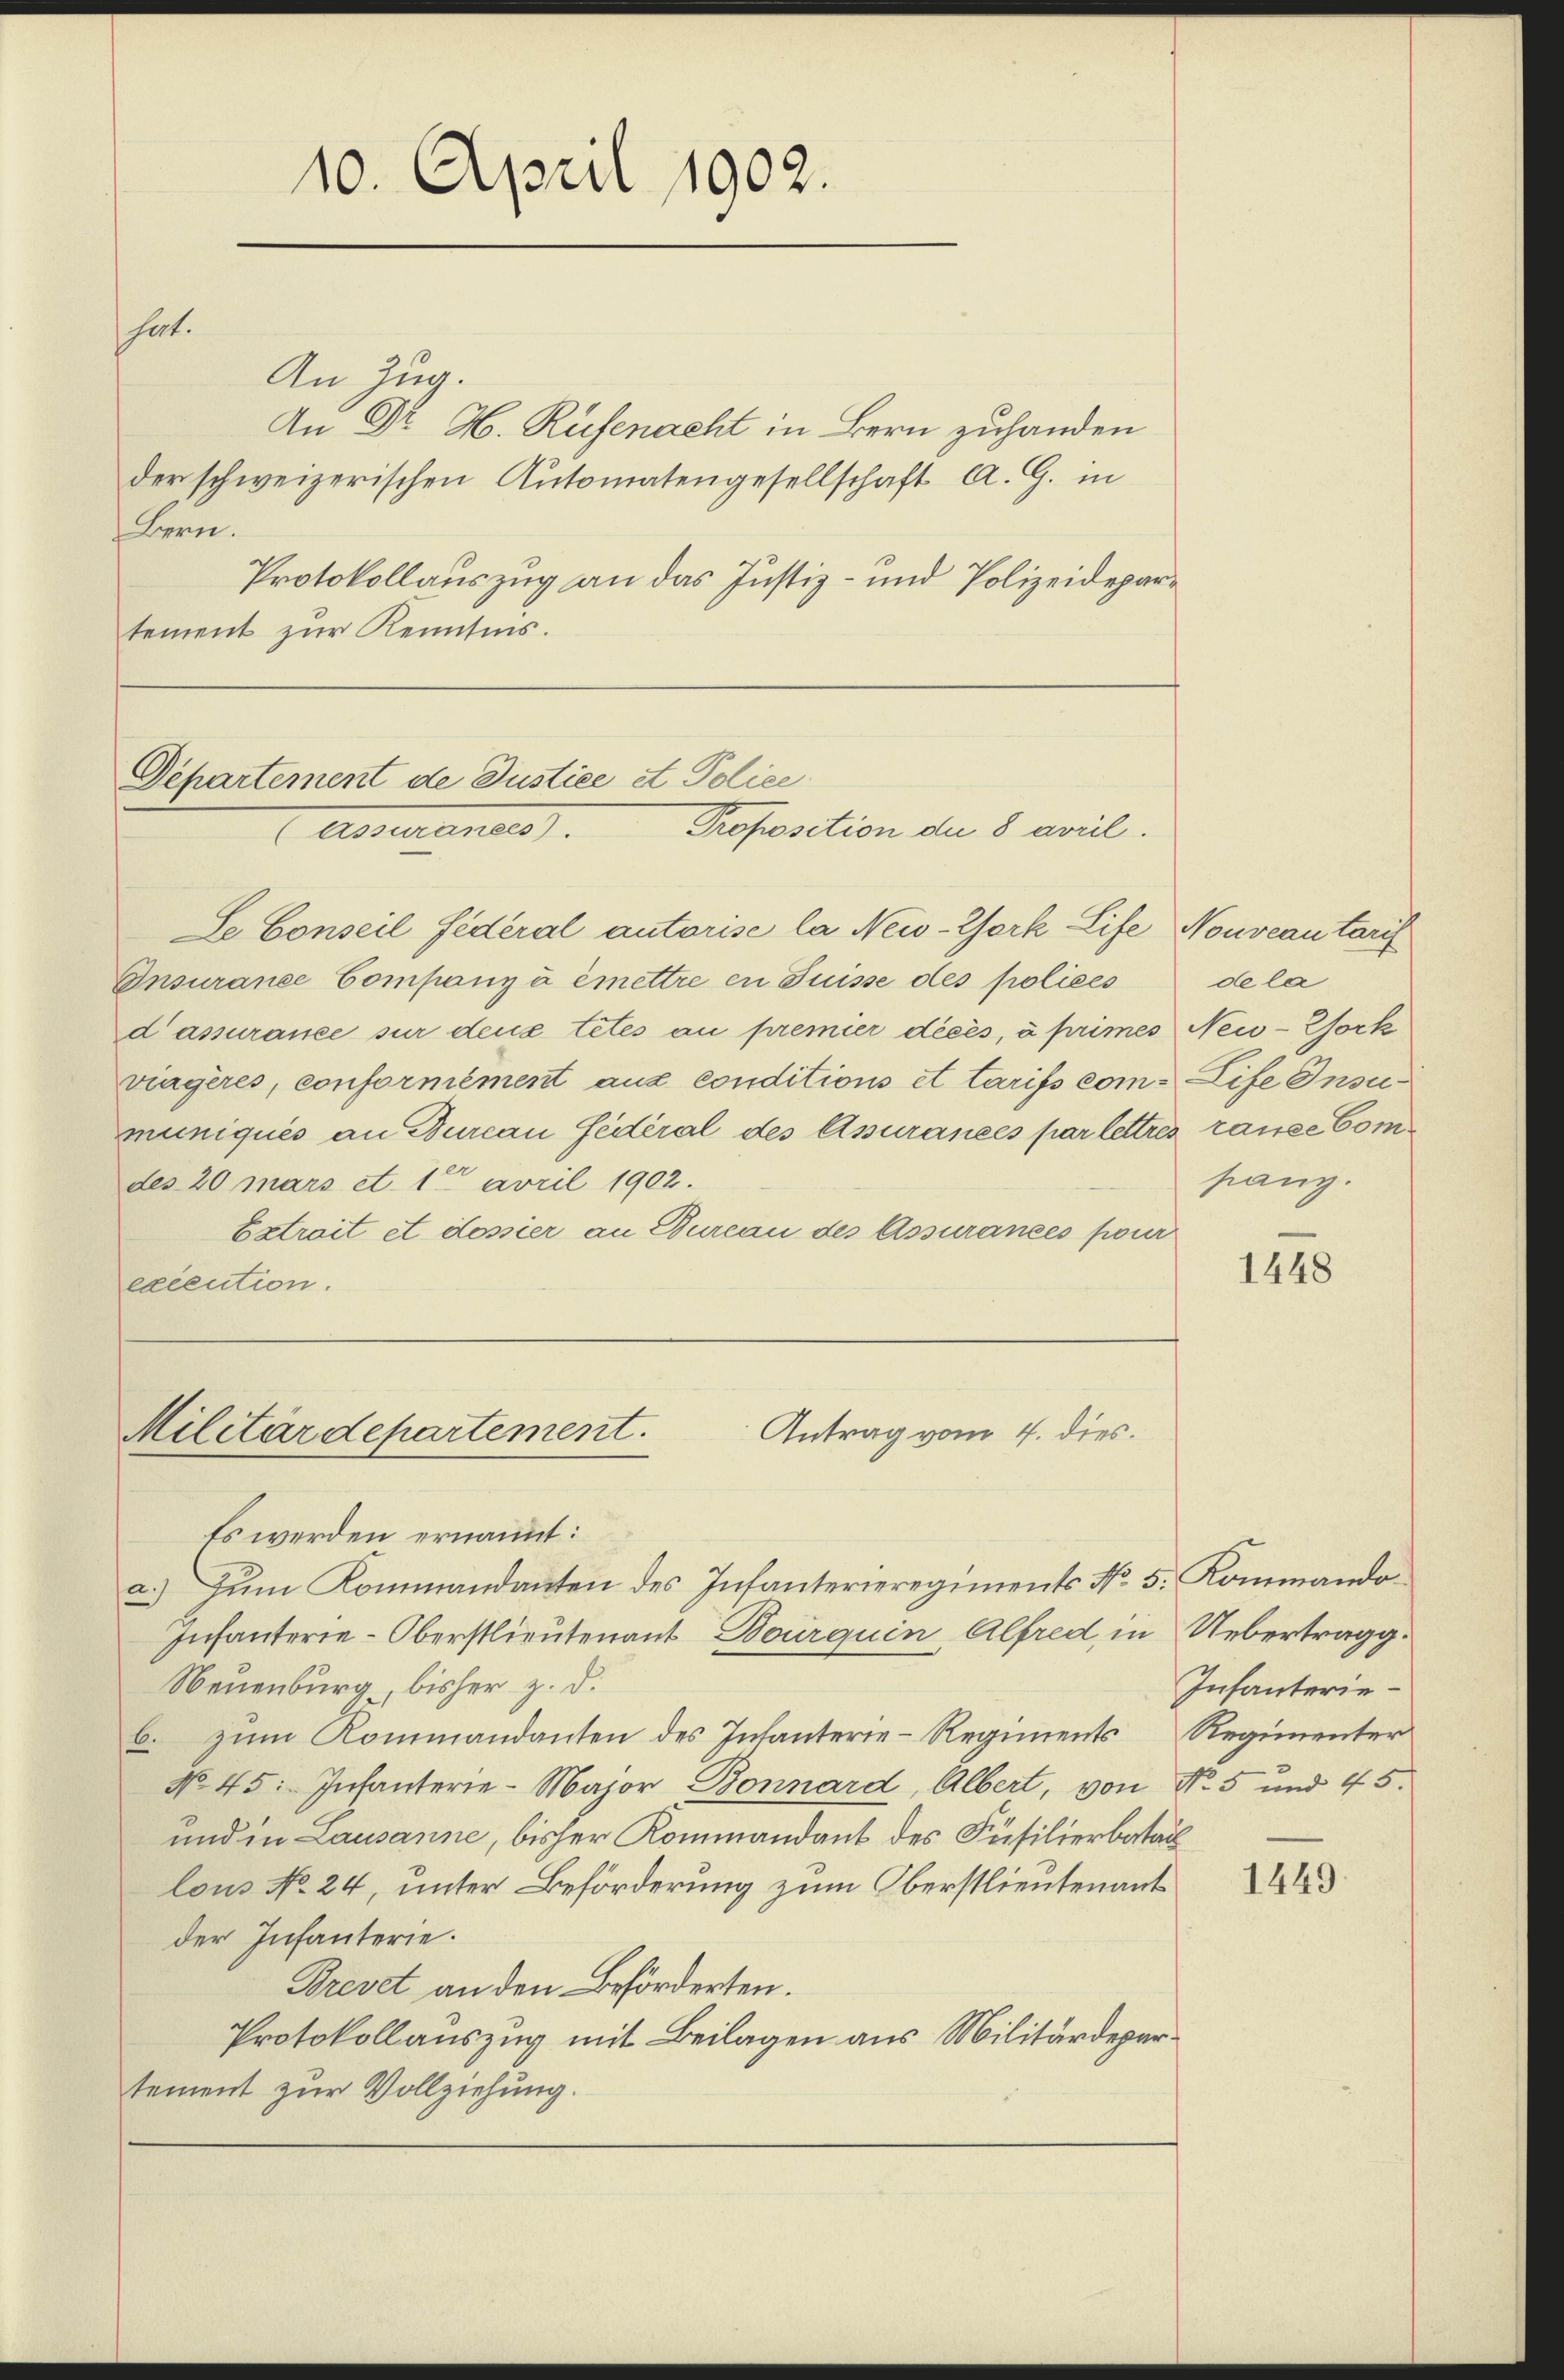
hat.

An Zug.
Bern.
Protokollauszug an das Justiz- und Polizeidepartement zur Kenntnis.

Departement de Justice et Police
Proposition der 8 avril.
Assurantes

Se Conseil Federal autorise la New-York Life Nouveautant
Onsurance Companyà émettre en Suisse des polices
d’assurance sur deux tetés au premier décès, à primes New-York
viagères, conformément aus conditions et tarifs com- Life Insumuniqués an Burcau fédéral des Assurances par lettres ranze Com
des 20 mars et. 1 avril 1902.
Estroit et dossier an Bureau des Assurances pour
execution.

10. April 1902.

An Dr. H. Rüfenacht in Bern zuhanden
der schweizerischen Automatengesellschaft A. G. in

Antrag vom 4. dies.
Militärdepartement.

Es werden ernannt:
a.) Zum Kommandanten des Infanterieregiments No. 5. Kommando
Infanterie-Oberstlieutenant Bourquin Alfred, in Uebertragg.
Neuenburg, bisher z. d.
b. zŭm Kommandanten des Infanterie-Regiments Regimenter
No. 45. Infanterie-Major Bonnard, Albert, von No. 5 und 45.
und in Lausanne, bisher Kommandant des Füsilierbatail
lous No 24, unter Beförderung zum Oberstlieutenant
der Infanterie.
Brevet an den Beförderten.
Protokollauszug mit Beilagen aus Militärdepartement zur Vollziehung.

dela
panz.

1448

Infanterie¬

1449.